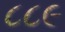
૮૮૯